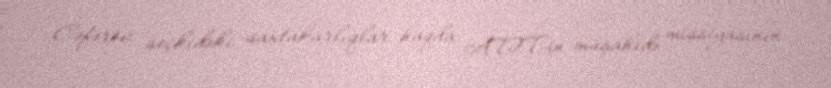
Cəfərov seçkidəki saxtakarlıqlar haqda ATƏT-in müşahidə missiyasının